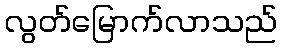
လွတ်မြောက်လာသည်